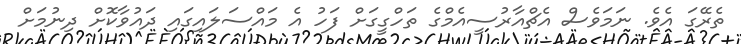
ތެރޭގަ އެވެ. ނަމަވެސް އެޗްއާރުސީއެމްގެ ތަހްގީގަށް ފަހު އެ މައްސަލައިގައި ދައުވާކޮށް ދިނުމަށް